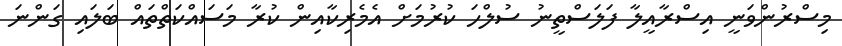
މިސްރުންވަނީ އިސްރާއީލާ ފަލަސްތީނު ސުލްހަ ކުރުމަށް އެމެރިކާއިން ކުރާ މަސައްކަތްތައް ބަލައި ގަންނަ